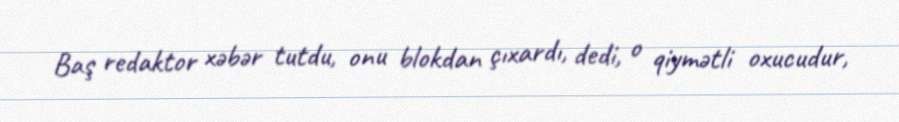
Baş redaktor xəbər tutdu, onu blokdan çıxardı, dedi, o qiymətli oxucudur,